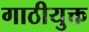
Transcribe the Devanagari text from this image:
गाठीयुक्त